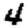
Digit: 4